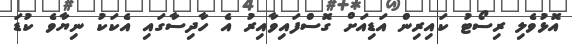
އޮޅުވެލި ރިސޯޓު ކައިރިން އަޑިއަށް ގޮސްފައިވާއިރު އެ ހާދިސާގައި އެކަކު ނިޔާވެ ކުޑަ